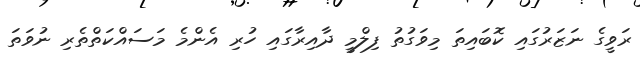
ރަވީގެ ނަޒަރުގައި ކޮބައިތަ މިވަގުތު ފިލްމީ ދާއިރާގައި ހުރި އެންމެ މަސައްކަތްތެރި ނުވަތަ